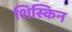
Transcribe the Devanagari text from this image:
शिस्किन